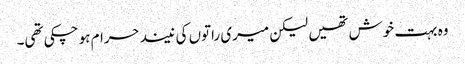
وہ بہت خوش تھیں لیکن میری راتوں کی نیند حرام ہو چکی تھی۔